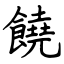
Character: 饒